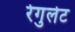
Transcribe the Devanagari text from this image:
रेगुलेट